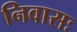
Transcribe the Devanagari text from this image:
निवासः